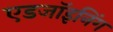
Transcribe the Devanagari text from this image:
एडजॉइनिंग